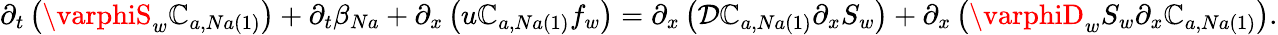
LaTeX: \partial_{t}\left(\varphiS_{w}\mathbb{C}_{a,Na\left(1\right)}\right)+\partial_{t}\beta_{Na}+\partial_{x}\left(u\mathbb{C}_{a,Na\left(1\right)}f_{w}\right)=\partial_{x}\left(\mathcal{{D}}\mathbb{C}_{a,Na\left(1\right)}\partial_{x}S_{w}\right)+\partial_{x}\left(\varphiD_{w}S_{w}\partial_{x}\mathbb{C}_{a,Na\left(1\right)}\right).